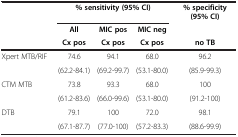
<table><thead><tr><td><b> </b></td><td colspan="3"><b>% sensitivity (95% CI)</b></td><td><b>% specificity (95% CI)</b></td></tr><tr><td rowspan="2"><b> </b></td><td><b>All</b></td><td><b>MIC pos</b></td><td><b>MIC neg</b></td><td><b> </b></td></tr><tr><td><b>Cx pos</b></td><td><b>Cx pos</b></td><td><b>Cx pos</b></td><td><b>no TB</b></td></tr></thead><tbody><tr><td rowspan="2">Xpert MTB/RIF</td><td>74.6</td><td>94.1</td><td>68.0</td><td>96.2</td></tr><tr><td>(62.2-84.1)</td><td>(69.2-99.7)</td><td>(53.1-80.0)</td><td>(85.9-99.3)</td></tr><tr><td rowspan="2">CTM MTB</td><td>73.8</td><td>93.3</td><td>68.0</td><td>100</td></tr><tr><td>(61.2-83.6)</td><td>(66.0-99.6)</td><td>(53.1-80.0)</td><td>(91.2-100)</td></tr><tr><td rowspan="2">DTB</td><td>79.1</td><td>100</td><td>72.0</td><td>98.1</td></tr><tr><td>(67.1-87.7)</td><td>(77.0-100)</td><td>(57.2-83.3)</td><td>(88.6-99.9)</td></tr></tbody></table>